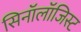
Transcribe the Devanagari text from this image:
सिनॉलॉजिस्ट